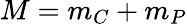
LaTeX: M=m_{C}+m_{P}